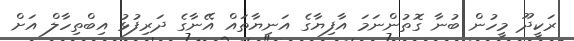
ރަކީދޫ މީހުން ބުނާ ގޮތުންނަމަ އާފިޔާގެ އަނިޔާތައް އޭނާގެ ދަރިފުޅު އިބްތިހާލް އަށް